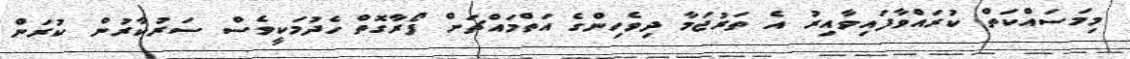
މިމަސައްކަތް ކުރައްވާފައިވާއިރު އެ ތަރުޖަމާ ދިވެހިންގެ އަތްމައްޗަށް ފޯރާގޮތް ހެދުމަކީވެސް ސަރުކާރުން ކުރަން